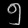
Digit: ၅